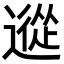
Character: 䢨